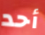
أحد